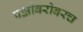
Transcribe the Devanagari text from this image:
पक्षांबरोबरच